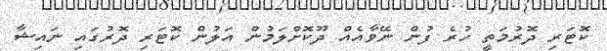
ކޮޓަރި ދޮރުމަތީ ހުރެ ފުން ނޭވާއެއް ދޫކޮށްލަމުން އަލުން ކޮޓަރި ދޮރުގައި ނައިޝާ